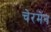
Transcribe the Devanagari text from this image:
चेरमेन